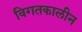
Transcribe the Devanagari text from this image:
विगतकालीन